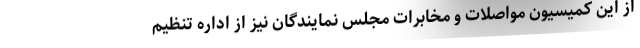
از این کمیسیون مواصلات و مخابرات مجلس نمایند‌گان نیز از اداره تنظیم